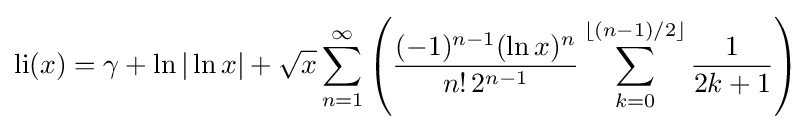
\operatorname {li} (x)=\gamma +\ln |\ln x|+{\sqrt {x}}\sum _{n=1}^{\infty }\left({\frac {(-1)^{n-1}(\ln x)^{n}}{n!\,2^{n-1}}}\sum _{k=0}^{\lfloor (n-1)/2\rfloor }{\frac {1}{2k+1}}\right)